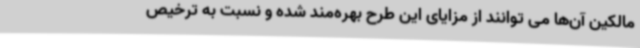
مالکین آن‌ها می توانند از مزایای این طرح بهره‌مند شده و نسبت به ترخیص